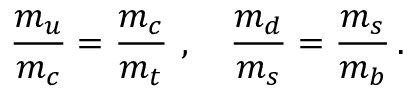
\frac { m _ { u } } { m _ { c } } = \frac { m _ { c } } { m _ { t } } ~ , ~ ~ ~ \frac { m _ { d } } { m _ { s } } = \frac { m _ { s } } { m _ { b } } \, .